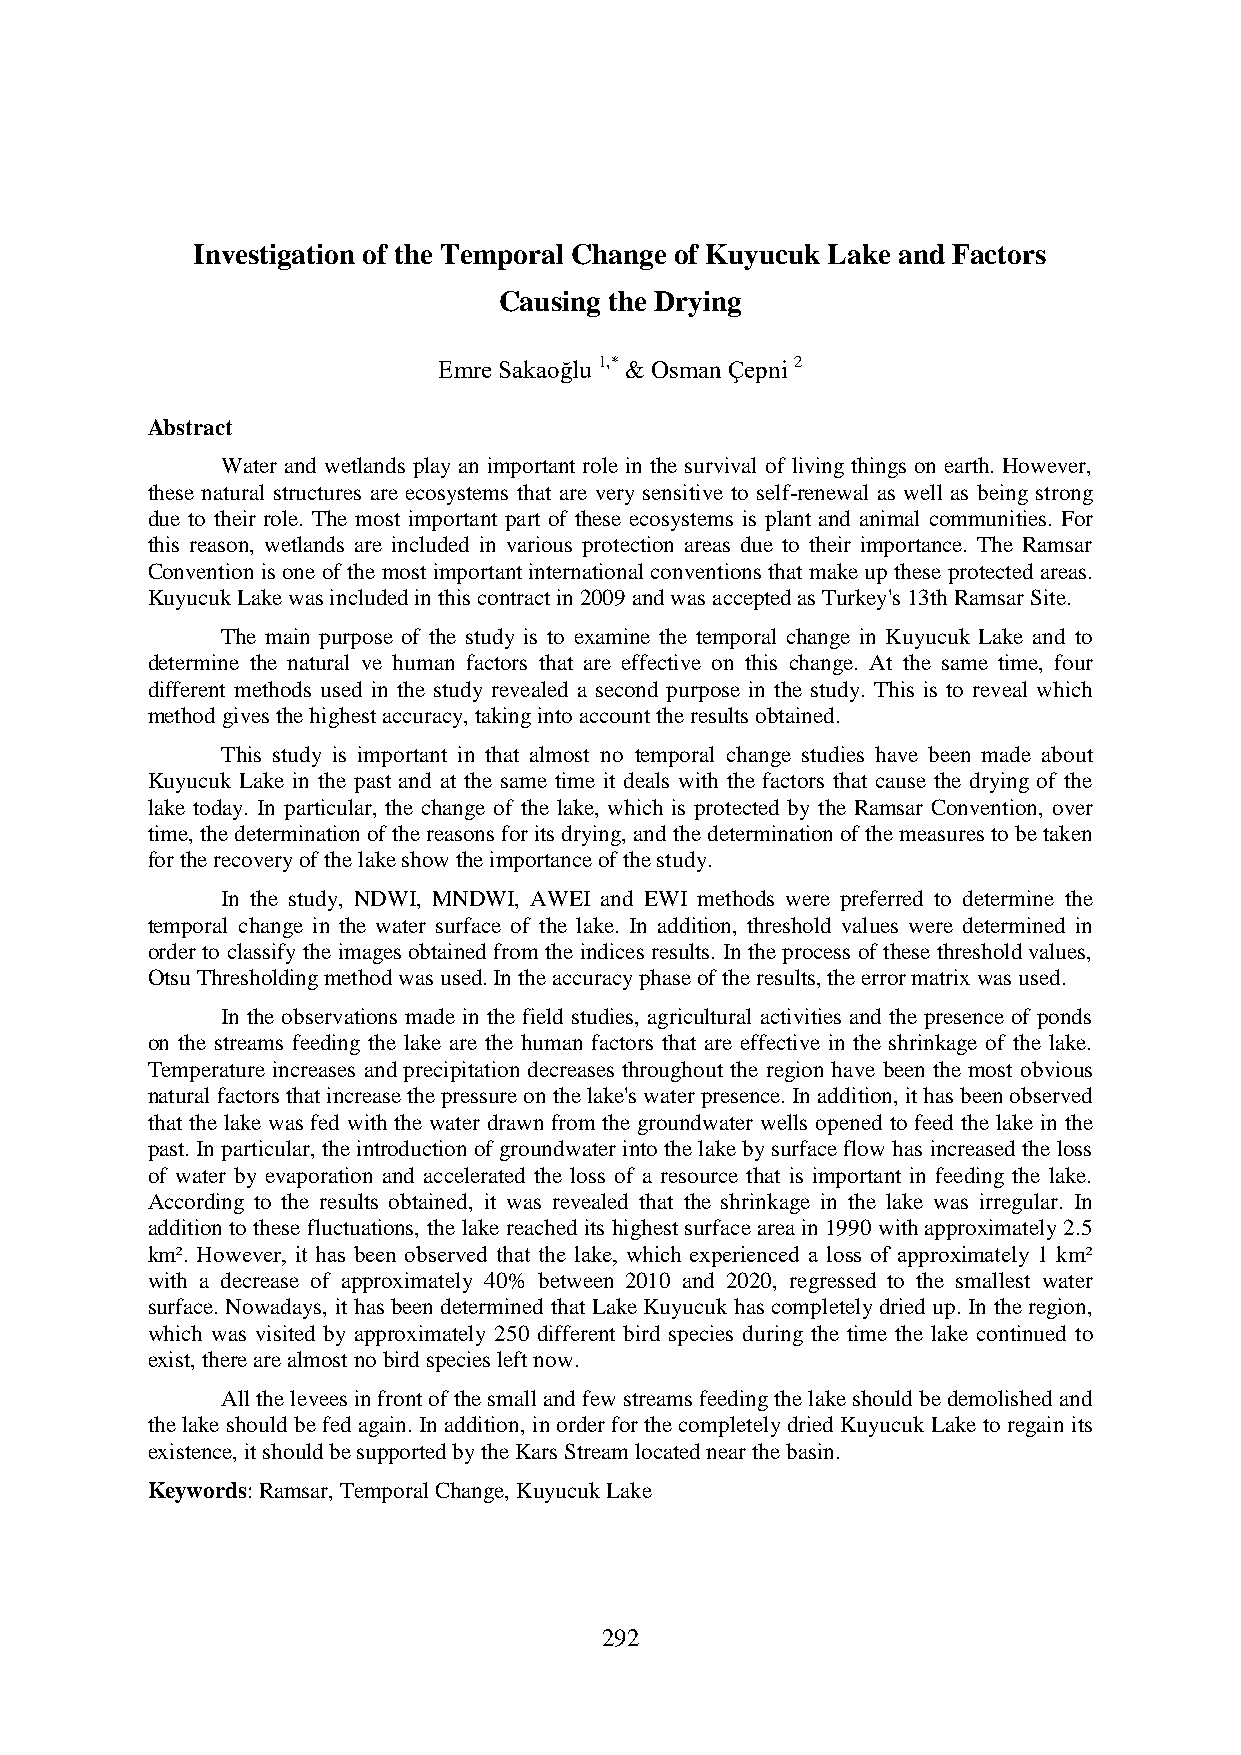
Investigation of the Temporal Change of Kuyucuk Lake and Factors
 Causing the Drying
 Emre Sakaoğlu 1,* & Osman Çepni 2
 Abstract
 Water and wetlands play an important role in the survival of living things on earth. However,
 these natural structures are ecosystems that are very sensitive to self-renewal as well as being strong
 due to their role. The most important part of these ecosystems is plant and animal communities. For
 this reason, wetlands are included in various protection areas due to their importance. The Ramsar
 Convention is one of the most important international conventions that make up these protected areas.
 Kuyucuk Lake was included in this contract in 2009 and was accepted as Turkey's 13th Ramsar Site.
 The main purpose of the study is to examine the temporal change in Kuyucuk Lake and to
 determine the natural ve human factors that are effective on this change. At the same time, four
 different methods used in the study revealed a second purpose in the study. This is to reveal which
 method gives the highest accuracy, taking into account the results obtained.
 This study is important in that almost no temporal change studies have been made about
 Kuyucuk Lake in the past and at the same time it deals with the factors that cause the drying of the
 lake today. In particular, the change of the lake, which is protected by the Ramsar Convention, over
 time, the determination of the reasons for its drying, and the determination of the measures to be taken
 for the recovery of the lake show the importance of the study.
 In the study, NDWI, MNDWI, AWEI and EWI methods were preferred to determine the
 temporal change in the water surface of the lake. In addition, threshold values were determined in
 order to classify the images obtained from the indices results. In the process of these threshold values,
 Otsu Thresholding method was used. In the accuracy phase of the results, the error matrix was used.
 In the observations made in the field studies, agricultural activities and the presence of ponds
 on the streams feeding the lake are the human factors that are effective in the shrinkage of the lake.
 Temperature increases and precipitation decreases throughout the region have been the most obvious
 natural factors that increase the pressure on the lake's water presence. In addition, it has been observed
 that the lake was fed with the water drawn from the groundwater wells opened to feed the lake in the
 past. In particular, the introduction of groundwater into the lake by surface flow has increased the loss
 of water by evaporation and accelerated the loss of a resource that is important in feeding the lake.
 According to the results obtained, it was revealed that the shrinkage in the lake was irregular. In
 addition to these fluctuations, the lake reached its highest surface area in 1990 with approximately 2.5
 km². However, it has been observed that the lake, which experienced a loss of approximately 1 km²
 with a decrease of approximately 40% between 2010 and 2020, regressed to the smallest water
 surface. Nowadays, it has been determined that Lake Kuyucuk has completely dried up. In the region,
 which was visited by approximately 250 different bird species during the time the lake continued to
 exist, there are almost no bird species left now.
 All the levees in front of the small and few streams feeding the lake should be demolished and
 the lake should be fed again. In addition, in order for the completely dried Kuyucuk Lake to regain its
 existence, it should be supported by the Kars Stream located near the basin.
 Keywords: Ramsar, Temporal Change, Kuyucuk Lake
 292